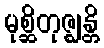
မုစ္ဆိတုဇ္ဈန္တိ